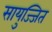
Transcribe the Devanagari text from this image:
सायुज्जित